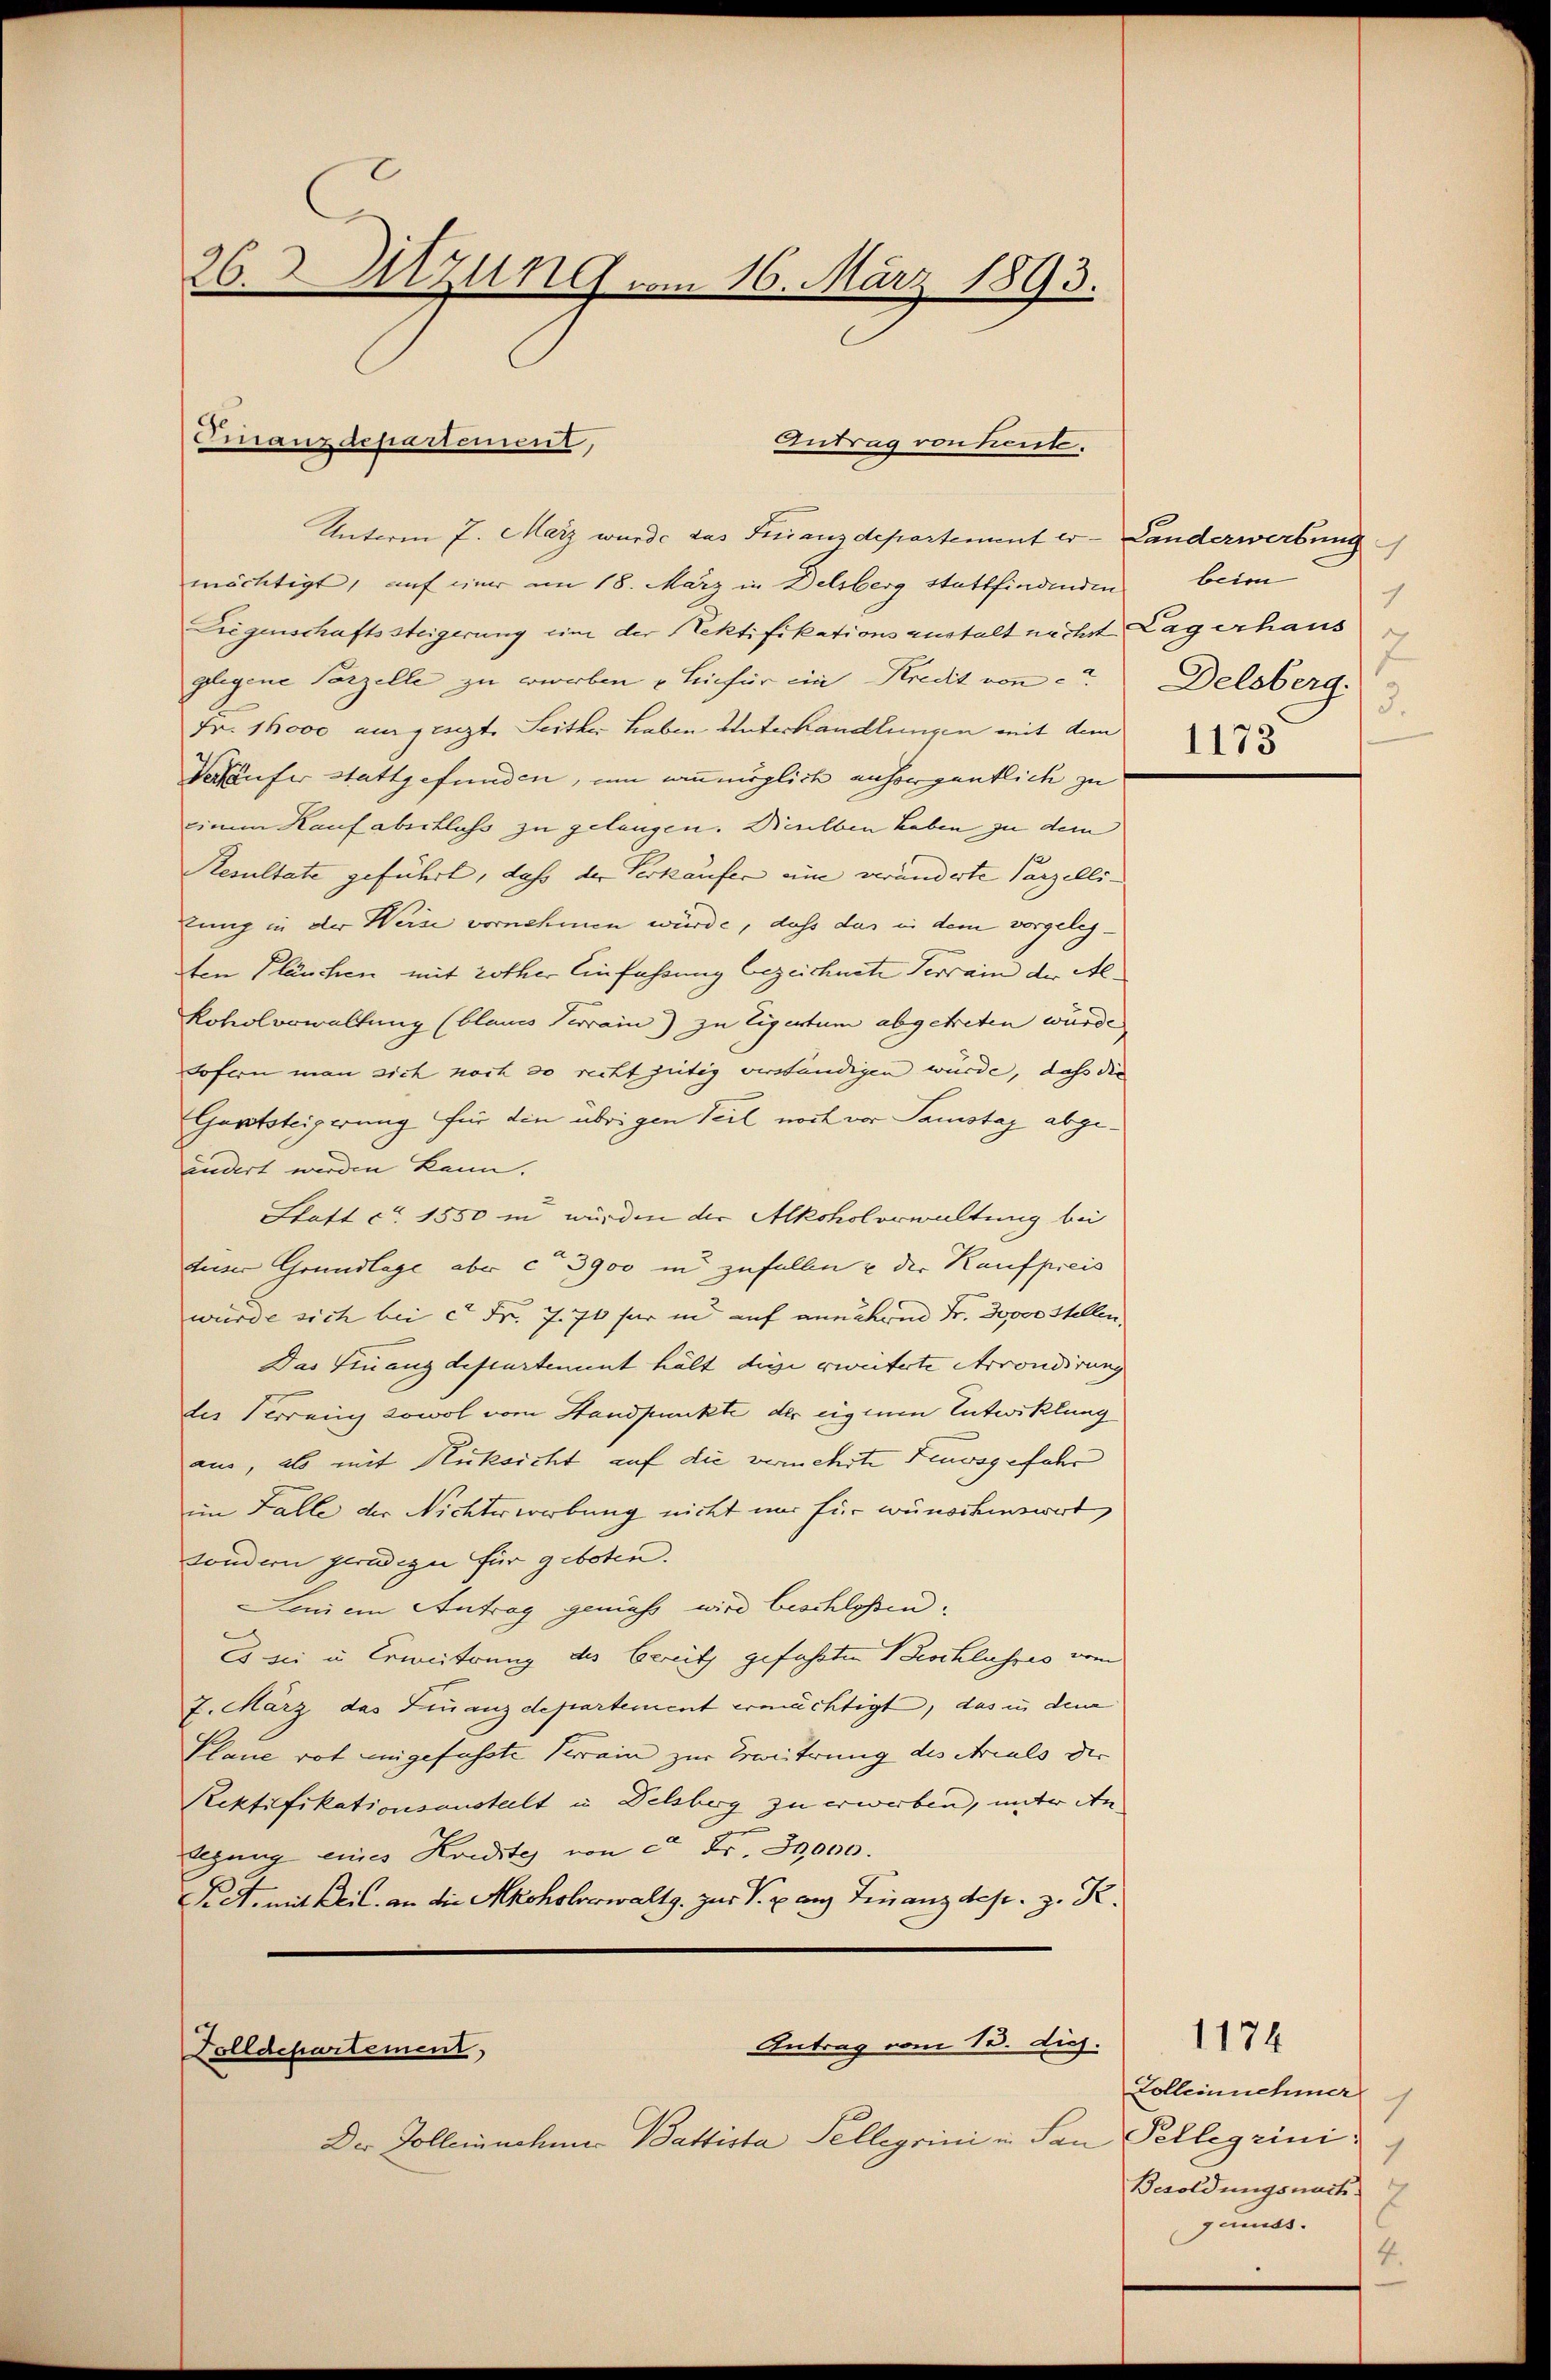
26. Sitzung vom 16. März 1893.

Finanzdepartement,

mächtigt, auf einer am 18. März in Delsberg stattfindenden
Liegenschaftssteigerung eine der Nektifikationsanstalt nächst Lagerhaus
glegene Parzelle zu werben u Leicher ein Kredit von Delsberg.
Fr. 18000 angesezt. Seither haben Unterhandlungen mit dem
Gehäufer stattgefunden, um wenn möglich ansorgentlich zu
einem Kauf abschluss zu gelangen. Bielben haben zu dem
Resultate geführt, daß der Verkäufer eine veränderte Parzelli-
lung in der Weise vornehmen würde, dass das in dem vorgelegten Plänchen mit rother Einfassung bezeichnete Terrain der Al¬
Kobolorwaltung (blaues Terrain) zu Eigentum abgetreten würde
Sofern man sich noch so recht gütig verständigen würde, daß die
Gaststeigerung für die übrigen Teil noch vor Samstag abgeindert werden kann.
Statt ca 1550 in würden der Alkoholorwaltung bei
dieser Grundlage aber ca 3900 in zufallen u der Kaufpreis
wurde sich bei et Fr. 7. 71 für in auf annehmen Fr. 30000 Stellen
Das Finanzdepartement hält diese erweiterte Arrondirung
der Terrang sowol vom Standpunkte der eigen Entwicklung
aus, als mit Rüksicht auf die vermehrte Feursgefahr
im Falle der Nichterworbung nicht nur für wünschenswert,
sondern geradige für geboten.
Linien Antrag gemäß wird beschlossen.
Es sei u. Erweiterung des bereitz gefaßten Beschlusses vom
7. März das Finanzdepartement ermächtigt, das in den
Plane rot eingefasste Krain zur Erweiterung des Areals der
Rektifikationsanstalt in Delsberg zu erwerben, under An
legung eines Kondites von der Fr. 30,000.
Pret. mit Beil. an die Akoholverwaltg. zur V. ganz Finanzdep. z. K.

Der Tolleinehmer Battista Telleyrini u. San Pelligrini¬

Dolldepartement,

Antrag von Kente.
Unterm 7. März wurde das Finanzdepartement er - Landerwerbung

Antrag vom 13. diej

beim
1
3.
1173

Zolleinnehmer
Besoldungsnach
2
gamas.
4.

1174